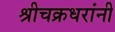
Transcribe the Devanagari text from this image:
श्रीचक्रधरांनी